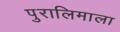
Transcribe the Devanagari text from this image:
पुरालिमाला